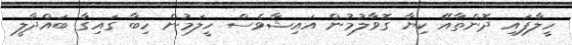
ހީލާފައި ދޮންތާއޭ ކިޔާ ގޮވާލުމުން އައިޝާވެސް ހީލަމުން ހިބާ ގައިގާ ބައްދާލީ